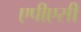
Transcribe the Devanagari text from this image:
एपीएसी